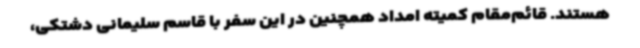
هستند. قائم‌مقام کمیته امداد همچنین در این سفر با قاسم سلیمانی دشتکی،